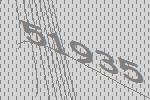
51935